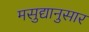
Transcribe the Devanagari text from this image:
मसुद्यानुसार